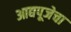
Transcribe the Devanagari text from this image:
आद्यपूजेचा